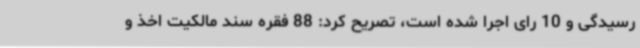
رسیدگی و 10 رای اجرا شده است، تصریح کرد: 88 فقره سند مالکیت اخذ و